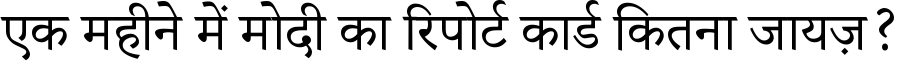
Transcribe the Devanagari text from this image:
एक महीने में मोदी का रिपोर्ट कार्ड कितना जायज़?